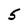
Character: 5